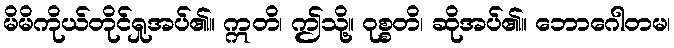
မိမိကိုယ်တိုင်ရှုအပ်၏။ ဣတိ၊ ဤသို့။ ဝုစ္စတိ၊ ဆိုအပ်၏။ ဘောဂေါတမ၊